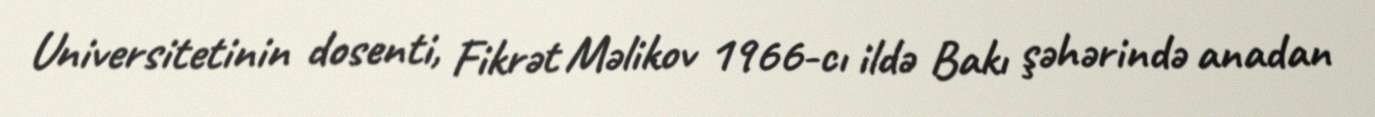
Universitetinin dosenti, Fikrət Məlikov 1966-cı ildə Bakı şəhərində anadan